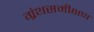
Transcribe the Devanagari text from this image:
ग्रंथसमीक्षण